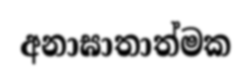
අනාඝාතාත්මක